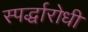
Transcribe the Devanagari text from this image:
स्पर्द्धारोधी